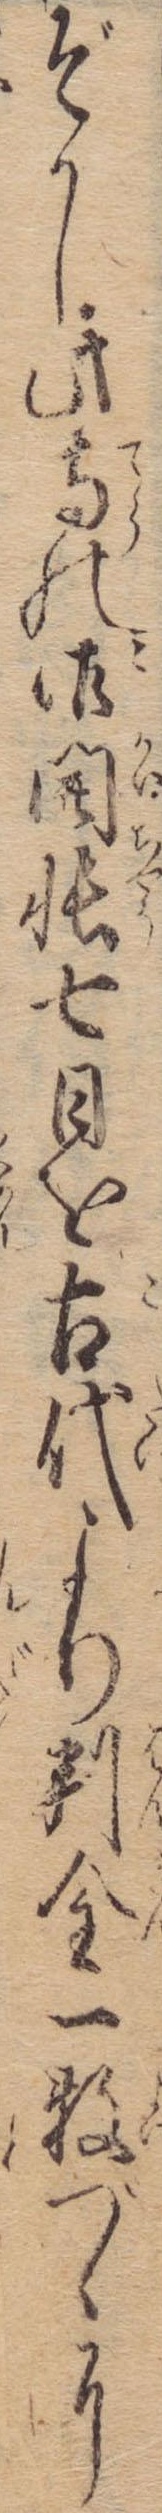
ぞかし此寺の御開帳七日を古代より判金一枚づゝに